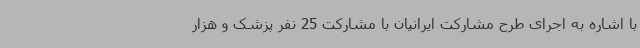
با اشاره به اجرای طرح مشارکت ایرانیان با مشارکت 25 نفر پزشک و هزار